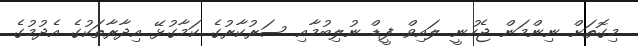
މިގޮތަށް ނިންމަން ޖެހުނީ ލައިވް ފީޑް ނުލިބުމާއި ސަރުކާރުގެ ކަމާގުޅޭ އިދާރާތަކުގެ އެދުމުގެ